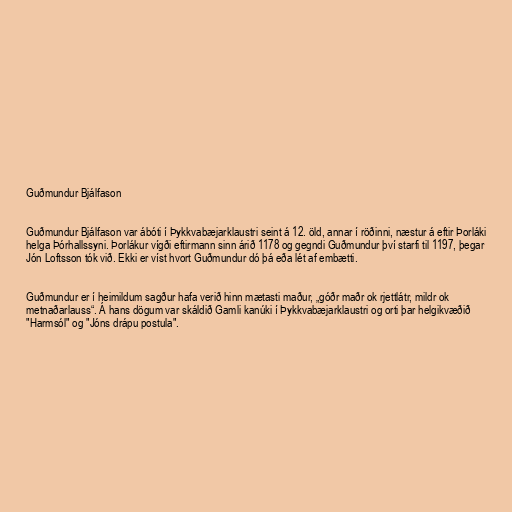
Guðmundur Bjálfason

Guðmundur Bjálfason var ábóti í Þykkvabæjarklaustri seint á 12. öld, annar í röðinni, næstur á eftir Þorláki
helga Þórhallssyni. Þorlákur vígði eftirmann sinn árið 1178 og gegndi Guðmundur því starfi til 1197, þegar
Jón Loftsson tók við. Ekki er víst hvort Guðmundur dó þá eða lét af embætti.

Guðmundur er í heimildum sagður hafa verið hinn mætasti maður, „góðr maðr ok rjettlátr, mildr ok
metnaðarlauss“. Á hans dögum var skáldið Gamli kanúki í Þykkvabæjarklaustri og orti þar helgikvæðið
"Harmsól" og "Jóns drápu postula".